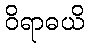
ဝိရာဓယိ